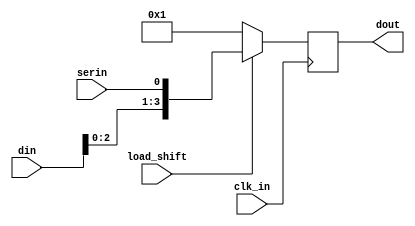
module shift_register (
    input wire clk_in,
    input wire load_shift,
    input wire serin,
    input wire [3:0] din,
    output reg [3:0] dout
);

parameter value = 1;

always @(posedge(clk_in)) begin
    if (load_shift == 0)
        dout <= value;
    else
        dout <= {din[2:0], serin};
end
endmodule